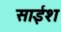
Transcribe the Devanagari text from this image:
साईश